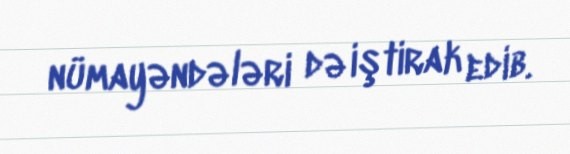
nümayəndələri də iştirak edib.